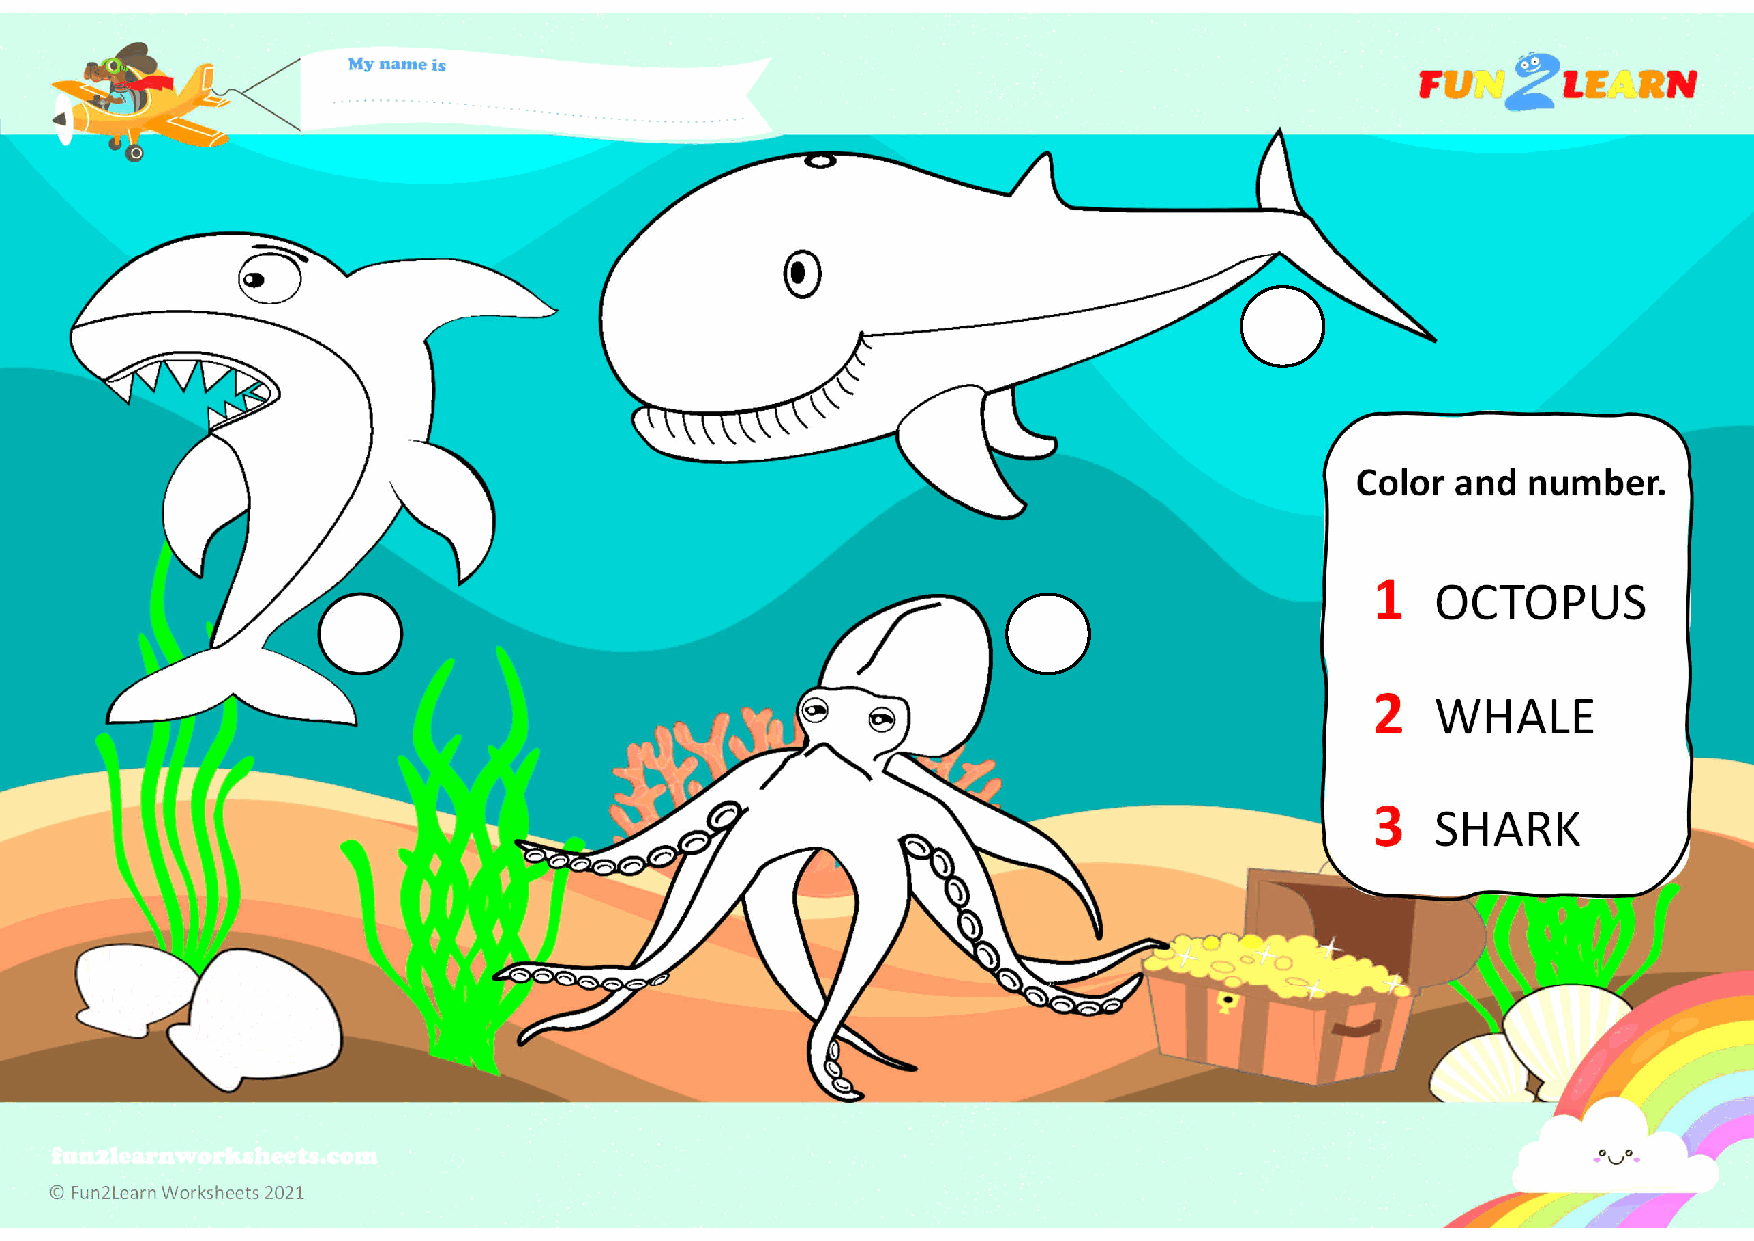
3
 Color and  number.
 1
 OCTOPUS
 3                                             3
 2
 WHALE
 3
 SHARK
 © Fun2Learn Worksheets 2021